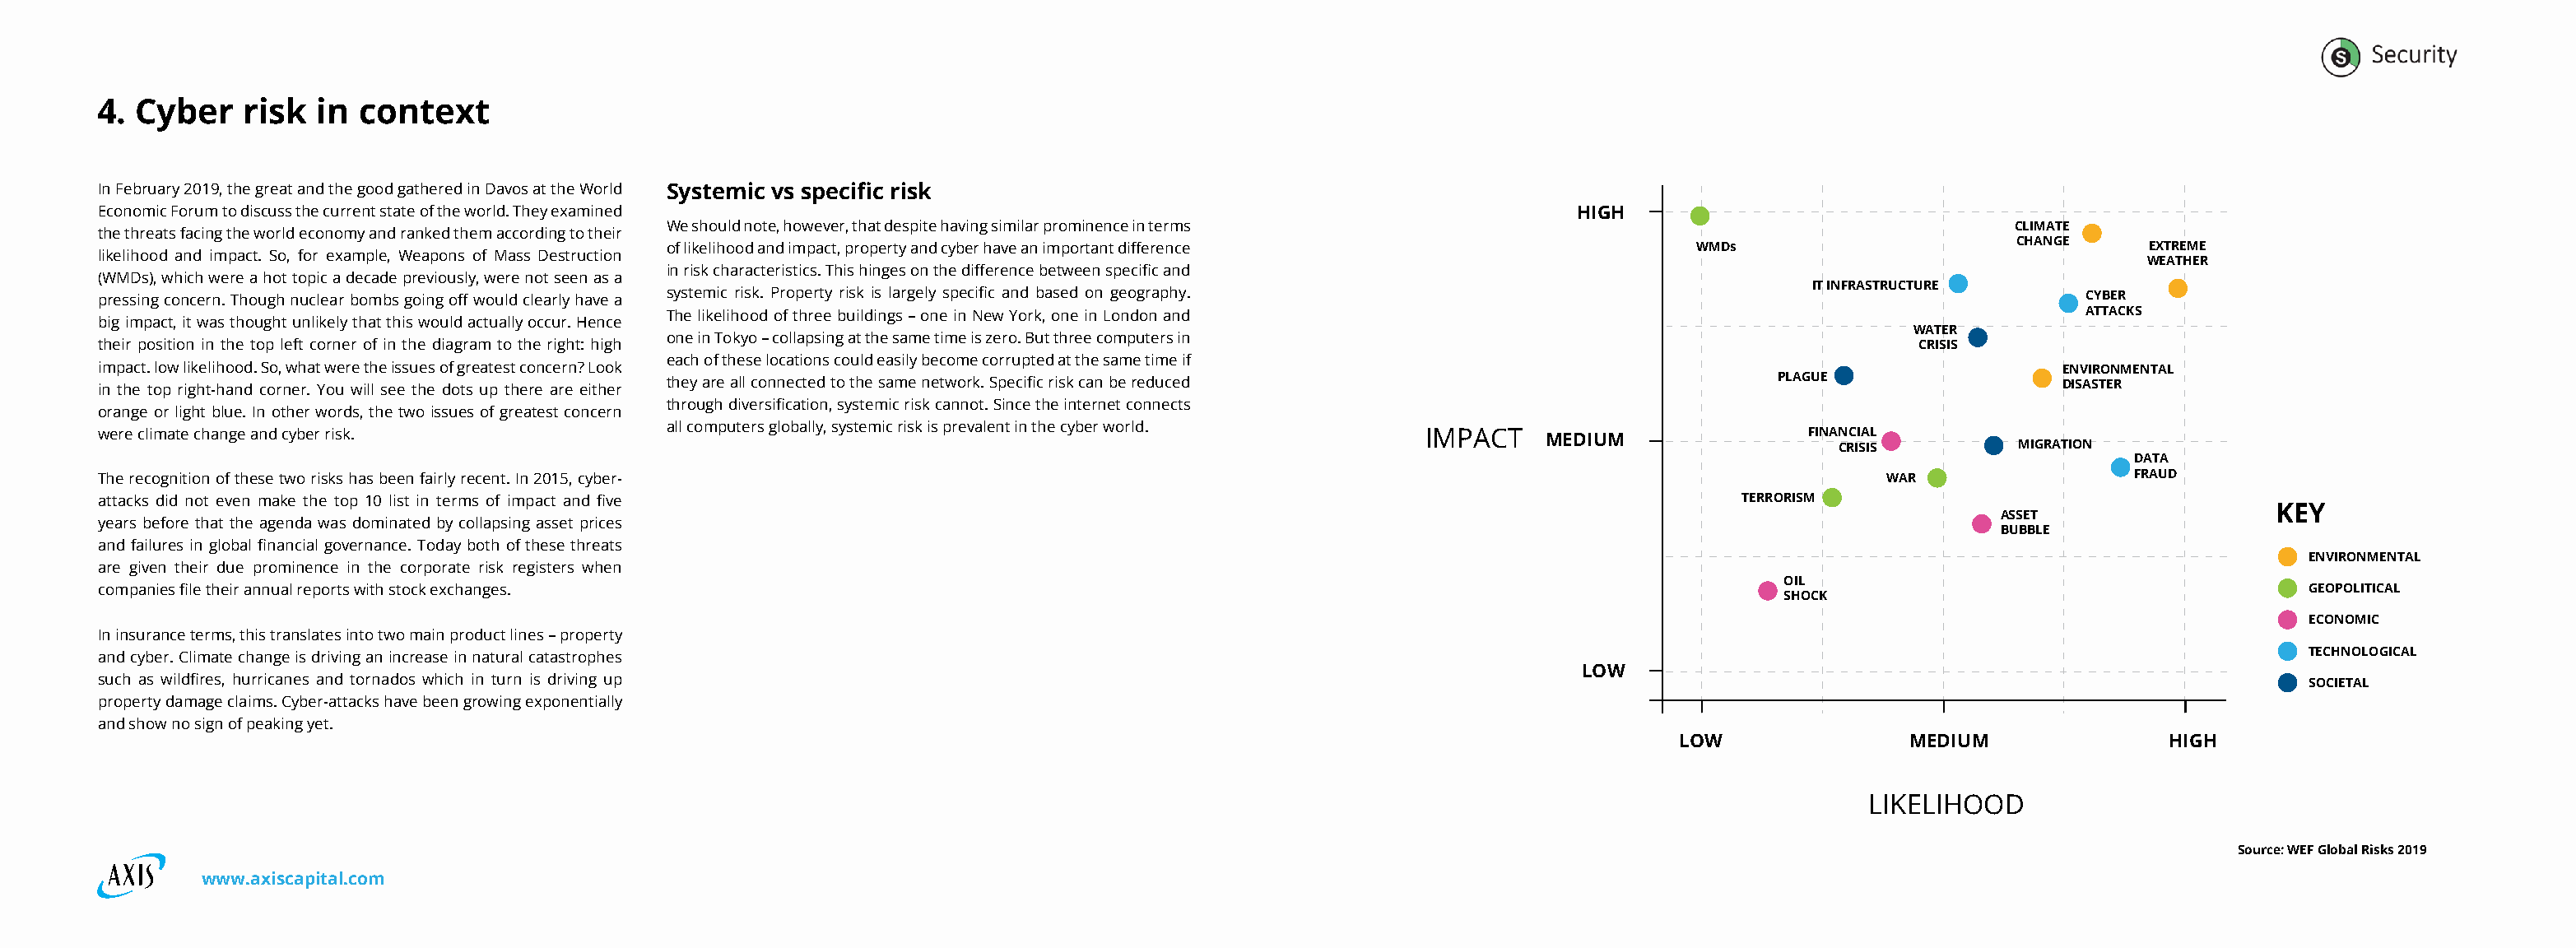
4. Cyber    risk in  context
 In February 2019, the great and the good gathered in Davos at the World Systemic vs specific risk
 Economic Forum to discuss the current state of the world. They examined                                                HIGH
 We should note, however, that despite having similar prominence in terms                                    CLIMATE
 the threats facing the world economy and ranked them according to their
 of likelihood and impact, property and cyber have an important difference         WMDs                      CHANGE     EXTREME
 likelihood and impact. So, for example, Weapons of Mass Destruction
 WEATHER
 in risk characteristics. This hinges on the difference between specific and
 (WMDs), which were a hot topic a decade previously, were not seen as a
 IT INFRASTRUCTURE
 pressing concern. Though nuclear bombs going off would clearly have a systemic risk. Property risk is largely specific and based on geography.                  CYBER
 The likelihood of three buildings – one in New York, one in London and                                            ATTACKS
 big impact, it was thought unlikely that this would actually occur. Hence
 WATER
 one in Tokyo – collapsing at the same time is zero. But three computers in
 their position in the top left corner of in the diagram to the right: high                                                                        CRISIS
 each of these locations could easily become corrupted at the same time if
 impact. low likelihood. So, what were the issues of greatest concern? Look                                                                                    ENVIRONMENTAL
 in the top right-hand corner. You will see the dots up there are either they are all connected to the same network. Specific risk can be reduced PLAGUE       DISASTER
 through diversification, systemic risk cannot. Since the internet connects
 orange or light blue. In other words, the two issues of greatest concern
 all computers globally, systemic risk is prevalent in the cyber world.
 were climate change and cyber risk.                                                                        IMPACT   MEDIUM               FINANCIAL
 CRISIS        MIGRATION
 DATA
 The recognition of these two risks has been fairly recent. In 2015, cyber-                                                                      WAR                 FRAUD
 attacks did not even make the top 10 list in terms of impact and five                                                               TERRORISM
 KEY
 ASSET
 years before that the agenda was dominated by collapsing asset prices
 BUBBLE
 and failures in global financial governance. Today both of these threats
 ENVIRONMENTAL
 are given their due prominence in the corporate risk registers when
 OIL
 companies file their annual reports with stock exchanges.                                                                                                                         GEOPOLITICAL
 SHOCK
 ECONOMIC
 In insurance terms, this translates into two main product lines – property
 and cyber. Climate change is driving an increase in natural catastrophes                                                                                                          TECHNOLOGICAL
 LOW
 such as wildfires, hurricanes and tornados which in turn is driving up                                                                                                            SOCIETAL
 property damage claims. Cyber-attacks have been growing exponentially
 and show no sign of peaking yet.
 LOW                MEDIUM              HIGH
 LIKELIHOOD
 Source: WEF Global Risks 2019
 www.axiscapital.com